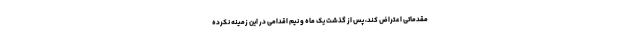
مقدماتی اعتراض کند، پس از گذشت یک ماه و نیم اقدامی در این زمینه نکرده